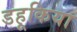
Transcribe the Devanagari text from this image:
डहूकिया